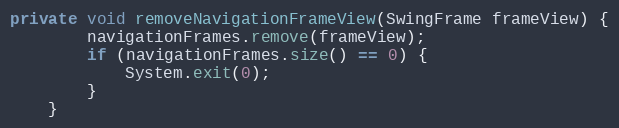
Language: Java
private void removeNavigationFrameView(SwingFrame frameView) {
		navigationFrames.remove(frameView);
		if (navigationFrames.size() == 0) {
			System.exit(0);
		}
	}